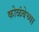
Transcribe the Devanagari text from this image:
कोळंबेच्या